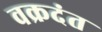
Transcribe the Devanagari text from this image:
वक्रदंत